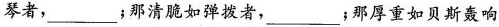
琴者，___；那清脆如弹拨者，___；那厚重如贝斯轰响